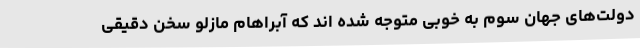
دولت‌های جهان سوم به خوبی متوجه شده اند که آبراهام مازلو سخن دقیقی